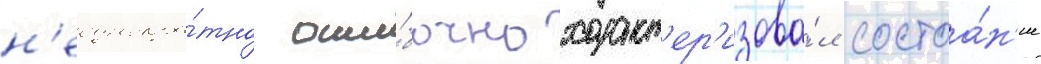
н'еоднокра́тно оши́бочно характ'ер'изова́л состоа́н'ие